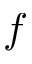
f